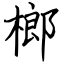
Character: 榔